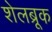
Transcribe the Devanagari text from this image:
शेलब्रूक